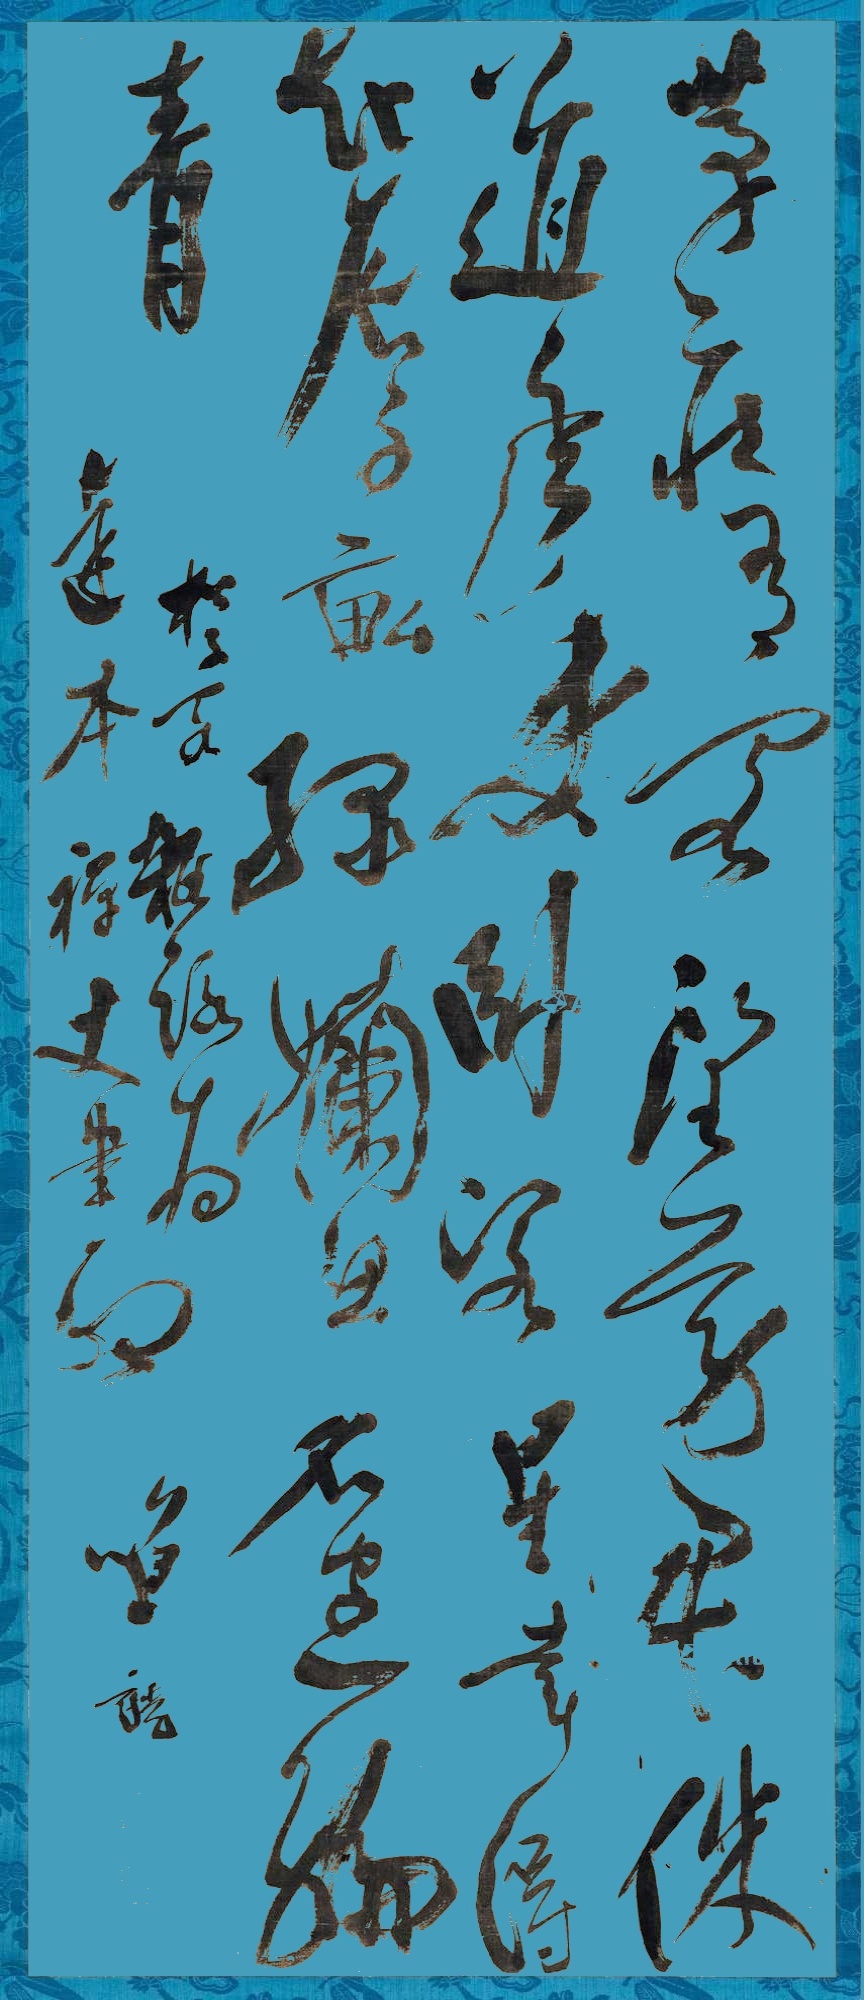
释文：茅檐有客望雾君，使道年来卧客星，幸得起辰千亩绿，𫝮思名字一编青。松子阁杂咏，为达本禅丈书政，笪重光。